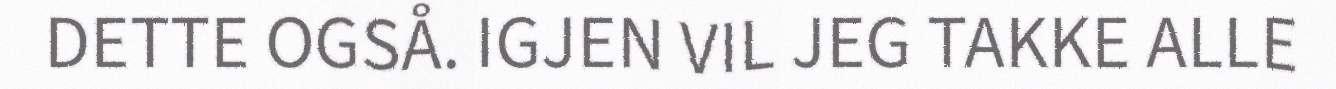
DETTE OGSÅ. IGJEN VIL JEG TAKKE ALLE